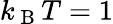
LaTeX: k_{\mathrm{~B~}}T=1